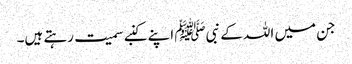
جن میں اللہ کے نبیﷺ اپنے کنبے سمیت رہتے ہیں۔